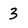
Character: 3